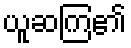
ယူဆကြ၏